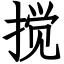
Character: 搅